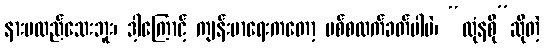
နားမလည်သေးဘူး၊ ဒါ့ကြောင့် ကျန်းမာရေးကတော့ ပစ်စလက်ခတ်ပါပဲ၊ “ထုံနစို”ဆိုတဲ့